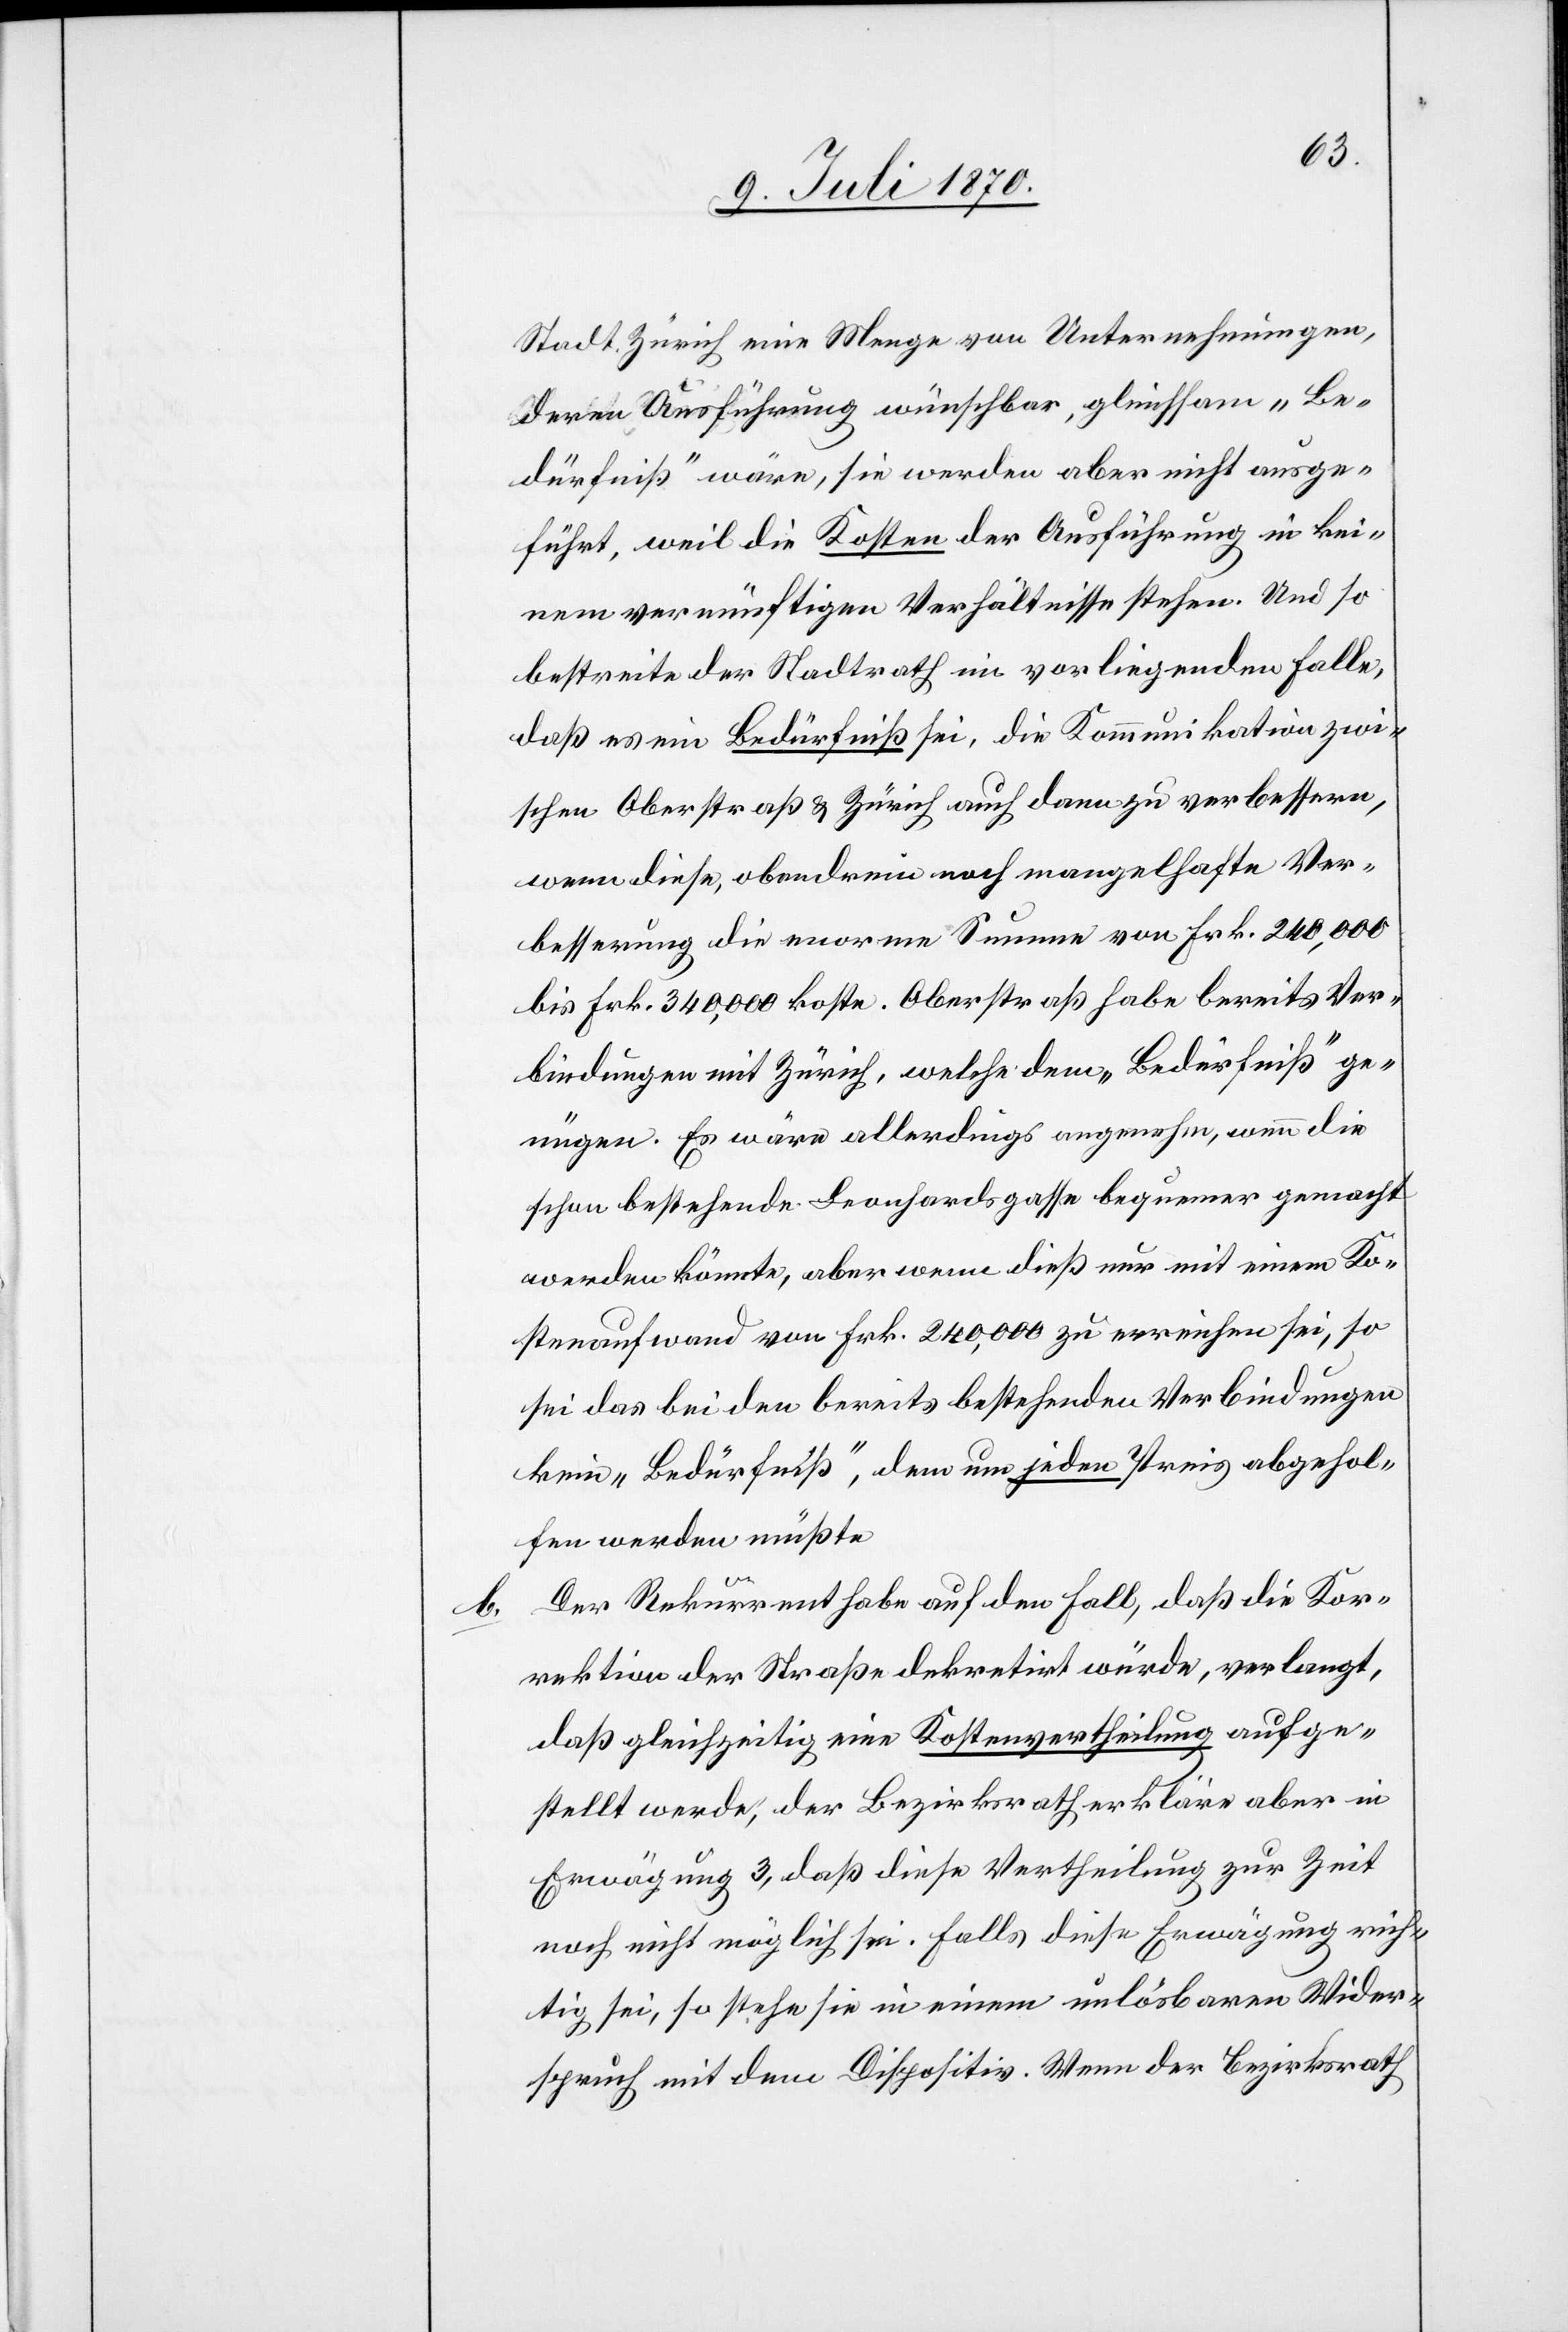
Stadt Zürich eine Menge von Unternehmungen,
deren Ausführung wünschbar, gleichsam „Be¬
dürfniß“ wäre, sie werden aber nicht ausge¬
führt, weil die Kosten der Ausführung in kei¬
nem vernünftigen Verhältnisse stehen. Und so
bestreite der Stadtrath im vorliegenden Falle,
daß es ein Bedürfniß sei, die Kommunikation zwi¬
schen Oberstraß & Zürich auch dann zu verbessern,
wenn diese, obendrein noch mangelhafte Ver¬
besserung die enorme Summe von Frk. 240,000
bis Frk. 340,000 koste. Oberstraß habe bereits Ver¬
bindungen mit Zürich, welche dem „Bedürfniß“ ge¬
nügen. Es wäre allerdings angenehm, wenn die
schon bestehende Leonhardsgasse bequemer gemacht
werden könnte, aber wenn dieß nur mit einem Ko¬
stenaufwand von Frk. 240,000 zu erreichen sei, so
sei das bei den bereits bestehenden Verbindungen
kein „Bedürfniß“, dem um jeden Preis abgehol¬
fen werden müßte.
Der Rekurrent habe auf den Fall, daß die Kor¬
rektion der Straße dekretirt würde, verlangt,
daß gleichzeitig eine Kostenvertheilung aufge¬
stellt werde, der Bezirksrath erklärte aber in
Erwägung 3, daß diese Vertheilung zur Zeit
noch nicht möglich sei. Falls diese Erwägung rich¬
tig sei, so stehe sie in einem unlösbaren Wider¬
spruch mit dem Dispositiv. Wenn der Bezirksrath